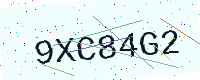
Text: 9XC84G2